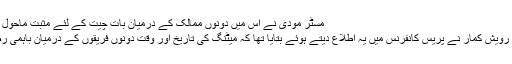
مسٹر مودی نے اس میں دونوں ممالک کے درمیان بات چیت کے لئے مثبت ماحول پیدا کرنے کے بارے میں بات کہی تھی
جسکے بعد وزارت خارجہ کے ترجمان رویش کمار نے پریس کانفرنس میں یہ اطلاع دیتے ہوئے بتایا تھا کہ میٹنگ کی تاریخ اور وقت دونوں فریقوں کے درمیان باہمی رضامندي سے بعد میں طے کیا جائے گا۔